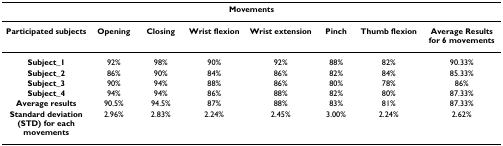
<table><thead><tr><td colspan="8"><b>Movements</b></td></tr></thead><tbody><tr><td><b>Participated subjects</b></td><td><b>Opening</b></td><td><b>Closing</b></td><td><b>Wrist flexion</b></td><td><b>Wrist extension</b></td><td><b>Pinch</b></td><td><b>Thumb flexion</b></td><td><b>Average Results for 6 movements</b></td></tr><tr><td><b>Subject_1</b></td><td>92%</td><td>98%</td><td>90%</td><td>92%</td><td>88%</td><td>82%</td><td>90.33%</td></tr><tr><td><b>Subject_2</b></td><td>86%</td><td>90%</td><td>84%</td><td>86%</td><td>82%</td><td>84%</td><td>85.33%</td></tr><tr><td><b>Subject_3</b></td><td>90%</td><td>94%</td><td>88%</td><td>86%</td><td>80%</td><td>78%</td><td>86%</td></tr><tr><td><b>Subject_4</b></td><td>94%</td><td>94%</td><td>86%</td><td>88%</td><td>82%</td><td>80%</td><td>87.33%</td></tr><tr><td><b>Average results</b></td><td>90.5%</td><td>94.5%</td><td>87%</td><td>88%</td><td>83%</td><td>81%</td><td>87.33%</td></tr><tr><td><b>Standard deviation (STD) for each movements</b></td><td>2.96%</td><td>2.83%</td><td>2.24%</td><td>2.45%</td><td>3.00%</td><td>2.24%</td><td>2.62%</td></tr></tbody></table>